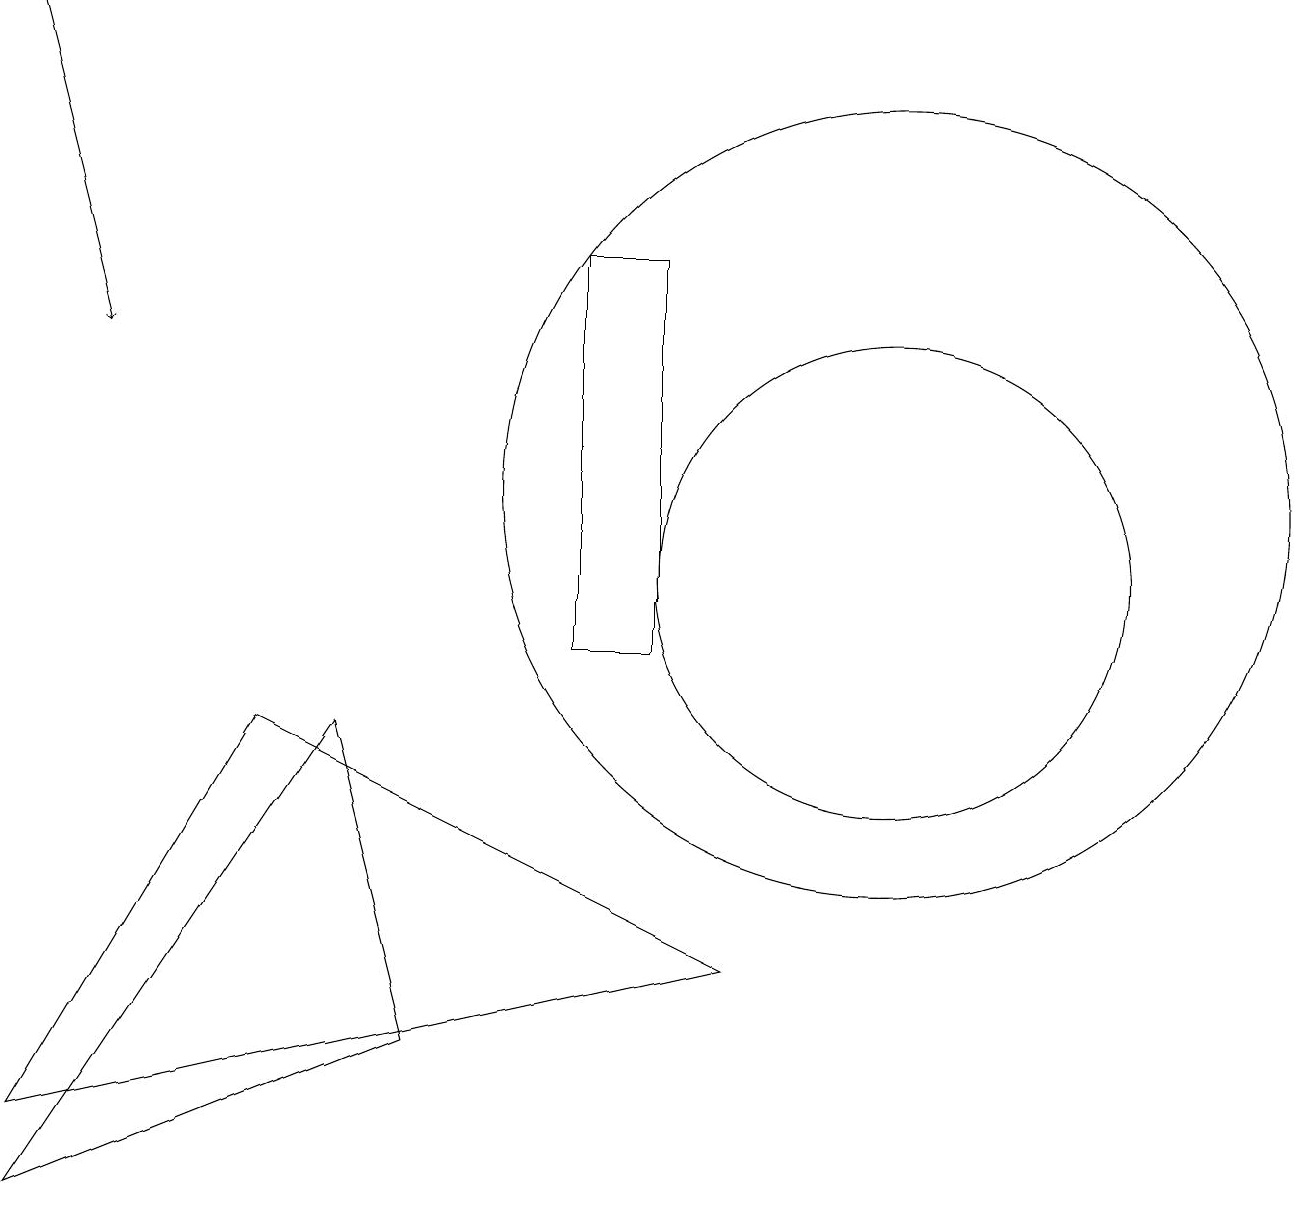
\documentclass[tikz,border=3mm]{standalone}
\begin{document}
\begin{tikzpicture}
\draw (11,12) circle (5);
\draw (11,11) circle (3);
\draw (7,15) rectangle (8,10);
\draw (3,9) -- (9,6) -- (0,4) -- cycle;
\draw (0,3) -- (4,9) -- (5,5) -- cycle;
\draw[->] (0,18) -- (1,14);
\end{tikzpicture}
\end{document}